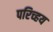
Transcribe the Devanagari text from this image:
परिच्हय